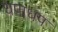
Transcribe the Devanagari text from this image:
धपाधप